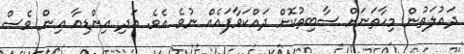
ދައުލަތުން މިހާތަނަށް ސާބިތުކޮށް ދައްކަވާފައެއް ނުވެ އެވެ. އަދި އިންޑިއާ އިން ވެސް